Regulations for the medical services of the Army of India
Year: 1930
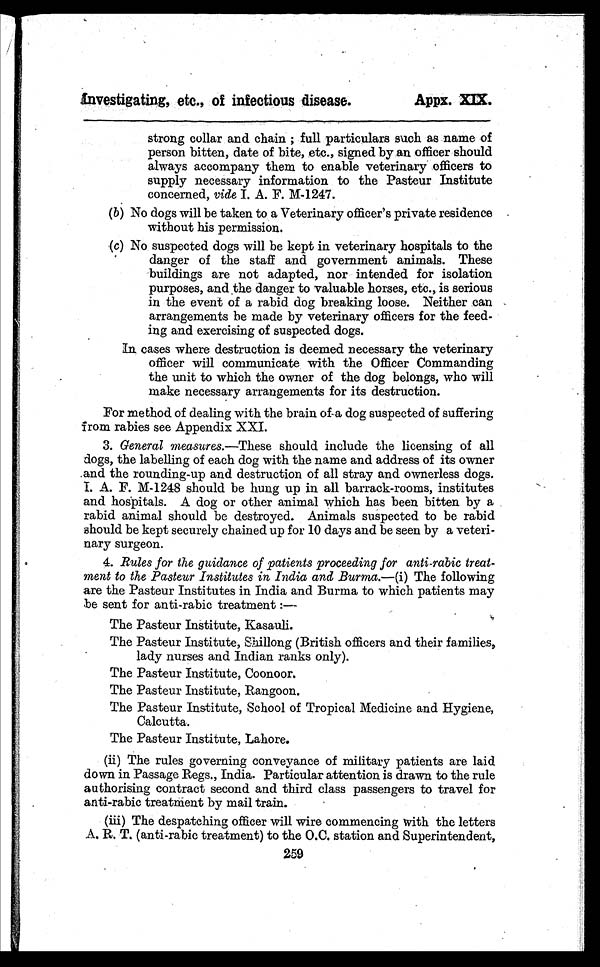
Investigating, etc., of infectious disease.
Appx.
strong collar and chain ; full particulars such as name of
person bitten, date of bite, etc., signed by an officer should
always accompany them to enable veterinary officers to
supply necessary information to the Pasteur Institute
concerned, vide I. A. F. M-1247.
(b) No dogs will be taken to a Veterinary officer's private residence
without his permission.
(c) No suspected dogs will be kept in veterinary hospitals to the
danger of the staff and government animals. These
buildings are not adapted, nor intended for isolation
purposes, and the danger to valuable horses, etc., is serious
in the event of a rabid dog breaking loose. Neither can
arrangements be made by veterinary officers for the feed-
ing and exercising of suspected dogs.
In cases where destruction is deemed necessary the veterinary
officer will communicate with the Officer Commanding
the unit to which the owner of the dog belongs, who will
make necessary arrangements for its destruction.
For method of dealing with the brain of-a dog suspected of suffering
from rabies see Appendix XXI.
3. General measures.—These should include the licensing of all
dogs, the labelling of each dog with the name and address of its owner
and the rounding-up and destruction of all stray and ownerless dogs.
I. A. F. M-1248 should be hung up in all barrack-rooms, institutes
and hospitals. A dog or other animal which has been bitten by a
rabid animal should be destroyed. Animals suspected to be rabid
should be kept securely chained up for 10 days and be seen by a veteri-
nary surgeon.
4. Rules for the guidance of patients proceeding for anti-rabic treat-
ment to the Pasteur Institutes in India and Burma.—(i) The following
are the Pasteur Institutes in India and Burma to which patients may
be sent for anti-rabic treatment:
—
The Pasteur Institute, Kasauli.
The Pasteur Institute, Shillong (British officers and their families,
lady nurses and Indian ranks only).
The Pasteur Institute, Coonoor.
The Pasteur Institute, Rangoon.
The Pasteur Institute, School of Tropical Medicine and Hygiene,
Calcutta.
The Pasteur Institute, Lahore.
(ii) The rules governing conveyance of military patients are laid
down in Passage Regs., India. Particular attention is drawn to the rule
authorising contract second and third class passengers to travel for
anti-rabic treatment by mail train.
(iii) The despatching officer will wire commencing with the letters
A. R. T. (anti-rabic treatment) to the O.C. station and Superintendent,
259